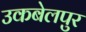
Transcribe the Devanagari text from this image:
उकबेलपुर